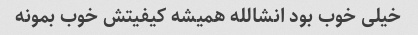
خیلی خوب بود انشالله همیشه کیفیتش خوب بمونه